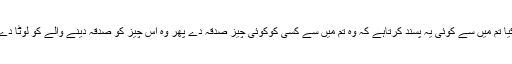
کیا تم میں سے کوئی یہ پسند کرتاہے کہ وہ تم میں سے کسی کوکوئی چیز صدقہ دے پھر وہ اس چیز کو صدقہ دینے والے کو لوٹا دے۔